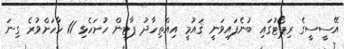
އޭސީސީގެ ރިޕޯޓުގައި ބުނެފައިވަނީ ޤައުމީ އިއްތިހާދު ޕާޓީން ހުށަހެޅި 11 ހާހަށްވުރެ ގިނަ